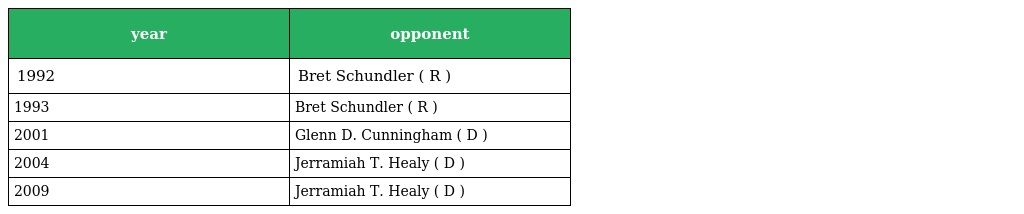
| year | opponent |
 | --- | --- |
 | 1992 | Bret Schundler ( R ) |
 | 1993 | Bret Schundler ( R ) |
 | 2001 | Glenn D. Cunningham ( D ) |
 | 2004 | Jerramiah T. Healy ( D ) |
 | 2009 | Jerramiah T. Healy ( D ) |